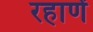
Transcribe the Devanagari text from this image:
रहाणें